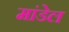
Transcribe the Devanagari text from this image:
मांडेल